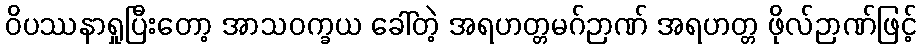
ဝိပဿနာရှုပြီးတော့ အာသဝက္ခယ ခေါ်တဲ့ အရဟတ္တမဂ်ဉာဏ် အရဟတ္တ ဖိုလ်ဉာဏ်ဖြင့်